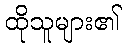
ထိုသူများ၏